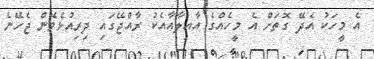
އެ މީހަކު އެދޭ ގޮތަށް އެ މީހެއްގެ އާއިލާއާއެކު ރާއްޖޭގައި ދިރިއުޅެވެން ޖެހޭނެ